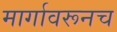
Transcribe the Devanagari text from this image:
मार्गावरूनच